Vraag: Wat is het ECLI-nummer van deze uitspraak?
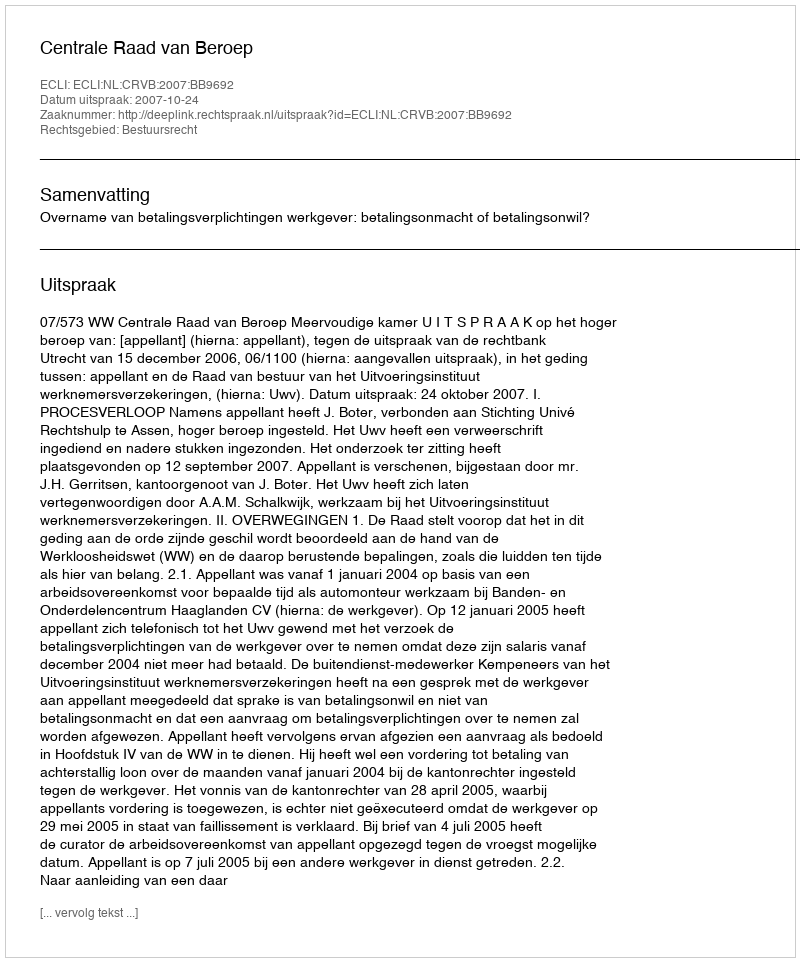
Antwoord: ECLI:NL:CRVB:2007:BB9692